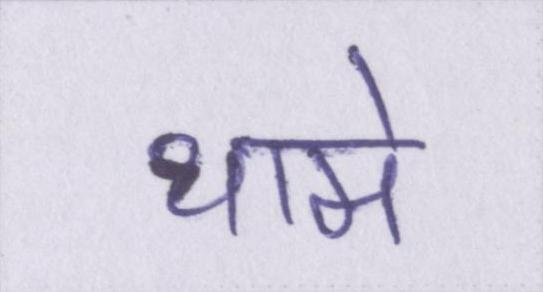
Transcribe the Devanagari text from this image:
थामे